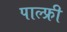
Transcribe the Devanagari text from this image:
पाल्फ्री